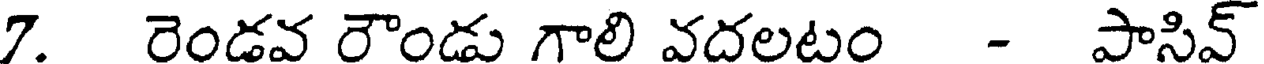
7. రెండవ రౌండు గాలి వదలటం - పాసివ్